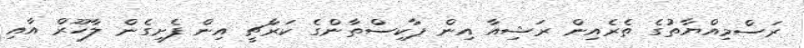
ރަސްމިއްޔާތުގެ ތެރެއިން ރަޝިއާ އިން ޕާކިސްތާންގެ ކަރާޗީ އިން ފެށިގެން ލާހޫރް އާއި